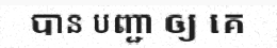
បាន បញ្ជា ឲ្យ គេ